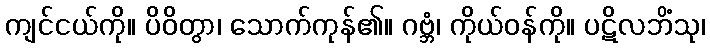
ကျင်ငယ်ကို။ ပိဝိတွာ၊ သောက်ကုန်၏။ ဂဗ္ဘံ၊ ကိုယ်ဝန်ကို။ ပဋိလဘိံသု၊